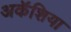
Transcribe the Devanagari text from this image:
अकॅशिया